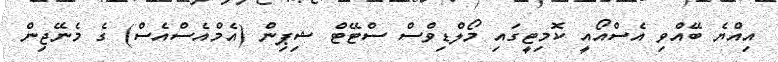
އިއްޔެ ބޭއްވި އެސްއޯއީ ކޮމިޓީގައި މޯލްޑިވްސް ސްޓޭޓް ޝިޕިން (އެމްއެސްއެސް) ގެ މެނޭޖިން